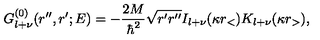
G _ { l + \nu } ^ { ( 0 ) } ( r ^ { \prime \prime } , r ^ { \prime } ; E ) = - \frac { 2 M } { \hbar ^ { 2 } } \sqrt { r ^ { \prime } r ^ { \prime \prime } } I _ { l + \nu } ( \kappa r _ { < } ) K _ { l + \nu } ( \kappa r _ { > } ) ,